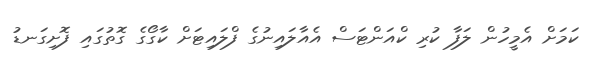
ކަމަށް އެމީހުން ލަފާ ކުރި ކްއަންޓަސް އެއާލައިނުގެ ފްލައިޓަށް ކާގޯގެ ގޮތުގައި ފޮށިގަނޑު